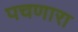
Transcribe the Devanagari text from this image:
पचणारा